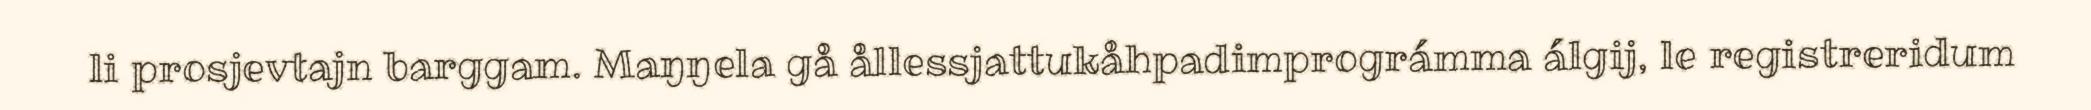
li prosjevtajn barggam. Maŋŋela gå ållessjattukåhpadimprográmma álgij, le registreridum